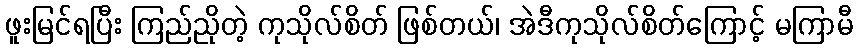
ဖူးမြင်ရပြီး ကြည်ညိုတဲ့ ကုသိုလ်စိတ် ဖြစ်တယ်၊ အဲဒီကုသိုလ်စိတ်ကြောင့် မကြာမီ